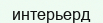
интерьерд